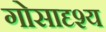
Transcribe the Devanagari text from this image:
गोसादृश्य